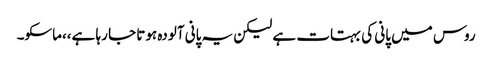
روس میں پانی کی بہتات ہے لیکن یہ پانی آلودہ ہوتا جا رہا ہے،،ماسکو۔